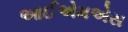
આઈએમએસ